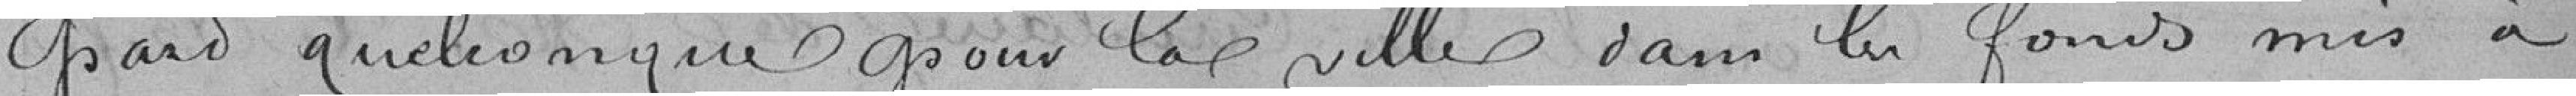
part quelconque pour la ville dans les fonds mis a